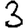
Digit: 3